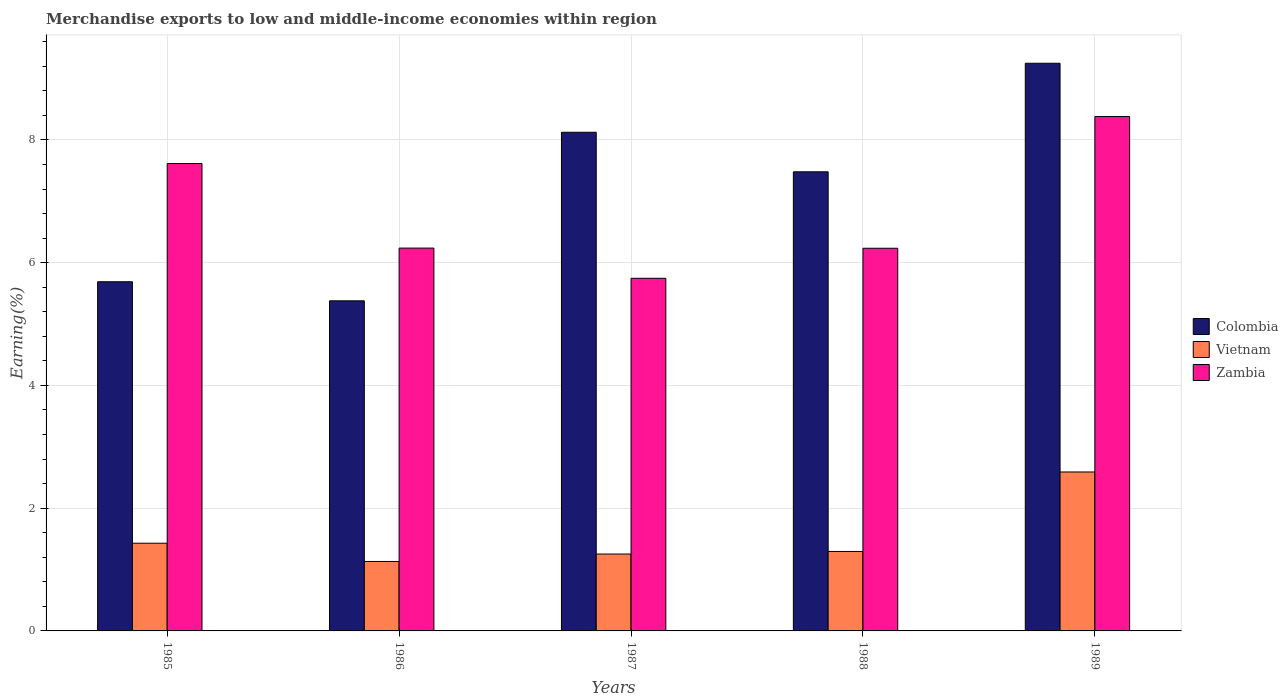
| Years | Colombia | Vietnam | Zambia |
 | --- | --- | --- | --- |
 | 1985 | 5.69 | 1.43 | 7.62 |
 | 1986 | 5.38 | 1.13 | 6.24 |
 | 1987 | 8.12 | 1.25 | 5.75 |
 | 1988 | 7.48 | 1.29 | 6.23 |
 | 1989 | 9.25 | 2.59 | 8.38 |